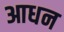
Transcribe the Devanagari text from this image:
आधन